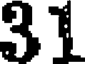
31